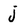
Character: j